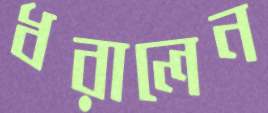
ধরালেন